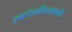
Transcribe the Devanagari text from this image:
स्वातंत्र्यदिनासाठी